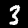
Label: 3